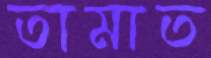
তামাত